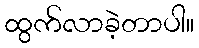
ထွက်လာခဲ့တာပါ။